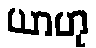
ယာဟု